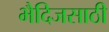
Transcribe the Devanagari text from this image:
भैदिजसाठी